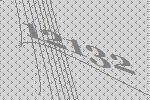
12132